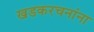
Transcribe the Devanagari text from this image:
खडकरचनांना